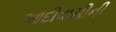
આદીવાસીની